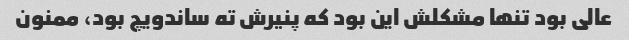
عالی بود تنها مشکلش این بود که پنیرش ته ساندویچ بود، ممنون